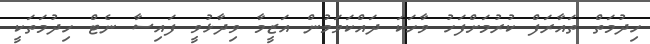
ހިދުމަތް ތައާރަފް ކުރުމަށްފަހު ވާހަކަ ދައްކަވަމުން އަޒީމާ ވިދާޅުވީ ފައިސާ ނެޓް ހިދުމަތަކީ